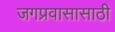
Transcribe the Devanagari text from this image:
जगप्रवासासाठी